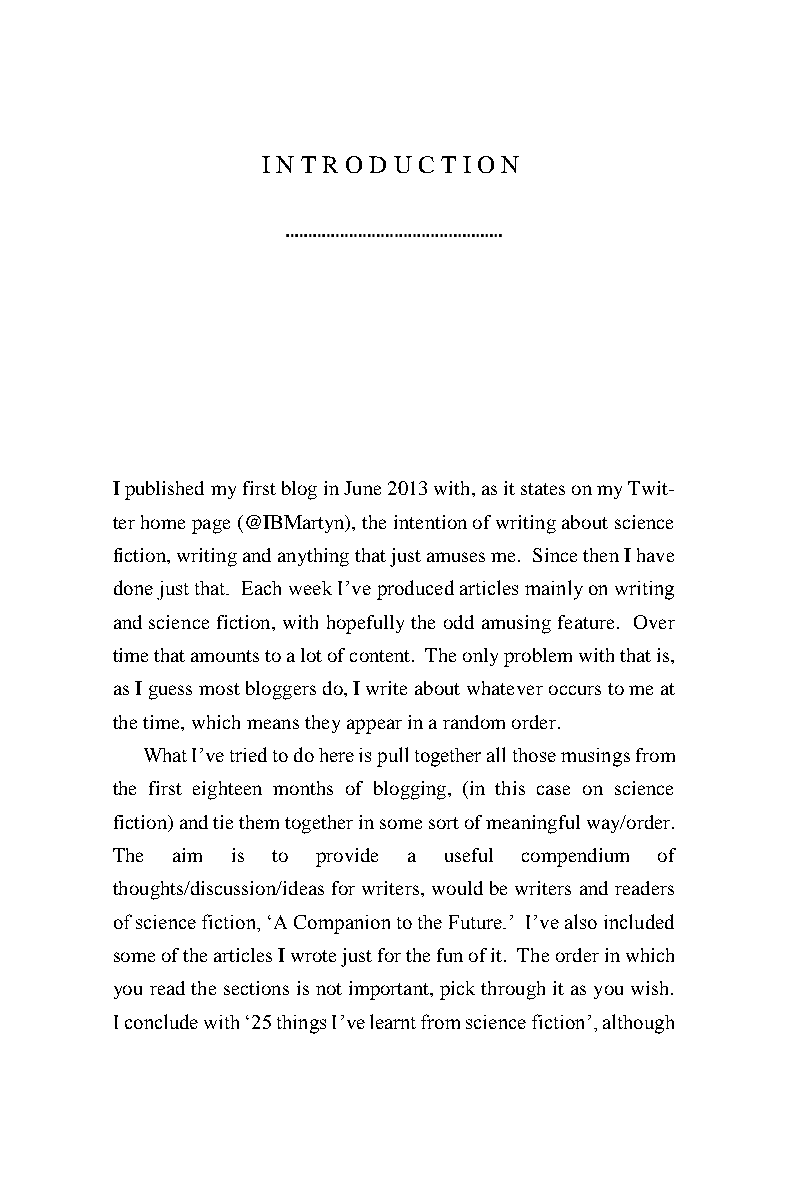
IN TR ODUC  T IO N
 I published my first blog in June 2013 with, as it states on my Twit-
 ter home page (@IBMartyn), the intention of writing about science
 fiction, writing and anything that just amuses me. Since then I have
 done just that. Each week I’ve produced articles mainly on writing
 and science fiction, with hopefully the odd amusing feature. Over
 time that amounts to a lot of content. The only problem with that is,
 as I guess most bloggers do, I write about whatever occurs to me at
 the time, which means they appear in a random order.
 What I’ve tried to do here is pull together all those musings from
 the first eighteen months of blogging, (in this case on science
 fiction) and tie them together in some sort of meaningful way/order.
 The aim is to provide a useful compendium of
 thoughts/discussion/ideas for writers, would be writers and readers
 of science fiction, ‘A Companion to the Future.’ I’ve also included
 some of the articles I wrote just for the fun of it. The order in which
 you read the sections is not important, pick through it as you wish.
 I conclude with ‘25 things I’ve learnt from science fiction’, although